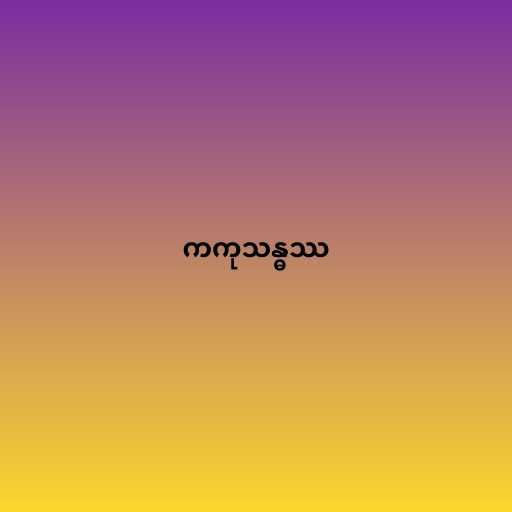
ကကုသန္ဓဿ